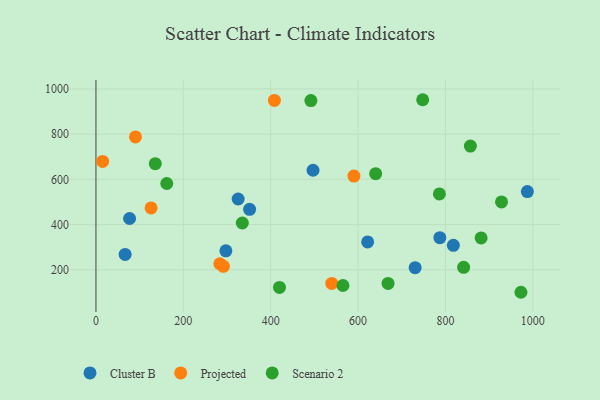
{"axis": {"x": "Ad Spend", "y": "Demand"}, "legend": ["Cluster B", "Projected", "Scenario 2"], "data": [{"x": "730.6", "y": 209.2, "type": "Cluster B"}, {"x": "818.1", "y": 308.2, "type": "Cluster B"}, {"x": "496.9", "y": 640.3, "type": "Cluster B"}, {"x": "325.5", "y": 513.1, "type": "Cluster B"}, {"x": "787.2", "y": 341.8, "type": "Cluster B"}, {"x": "621.9", "y": 323.1, "type": "Cluster B"}, {"x": "351.7", "y": 467.5, "type": "Cluster B"}, {"x": "77.0", "y": 426.8, "type": "Cluster B"}, {"x": "297.4", "y": 283.9, "type": "Cluster B"}, {"x": "987.5", "y": 546.0, "type": "Cluster B"}, {"x": "66.8", "y": 267.9, "type": "Cluster B"}, {"x": "291.7", "y": 215.5, "type": "Projected"}, {"x": "15.3", "y": 679.4, "type": "Projected"}, {"x": "539.8", "y": 139.6, "type": "Projected"}, {"x": "283.5", "y": 226.6, "type": "Projected"}, {"x": "90.4", "y": 787.6, "type": "Projected"}, {"x": "590.5", "y": 614.3, "type": "Projected"}, {"x": "126.2", "y": 473.8, "type": "Projected"}, {"x": "408.5", "y": 948.9, "type": "Projected"}, {"x": "335.0", "y": 407.0, "type": "Scenario 2"}, {"x": "640.2", "y": 624.9, "type": "Scenario 2"}, {"x": "881.6", "y": 341.1, "type": "Scenario 2"}, {"x": "786.1", "y": 535.6, "type": "Scenario 2"}, {"x": "135.8", "y": 669.2, "type": "Scenario 2"}, {"x": "162.1", "y": 581.6, "type": "Scenario 2"}, {"x": "492.0", "y": 948.6, "type": "Scenario 2"}, {"x": "420.1", "y": 122.0, "type": "Scenario 2"}, {"x": "841.6", "y": 211.0, "type": "Scenario 2"}, {"x": "668.6", "y": 139.8, "type": "Scenario 2"}, {"x": "857.1", "y": 747.2, "type": "Scenario 2"}, {"x": "928.3", "y": 500.0, "type": "Scenario 2"}, {"x": "747.9", "y": 952.2, "type": "Scenario 2"}, {"x": "565.4", "y": 130.4, "type": "Scenario 2"}, {"x": "972.8", "y": 100.5, "type": "Scenario 2"}]}